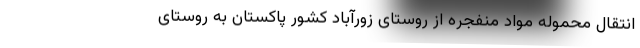
انتقال محموله مواد منفجره از روستای زورآباد کشور پاکستان به روستای